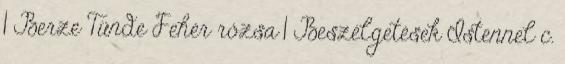
1 Berze Tünde Fehér rózsa 1 Beszélgetések Istennel c.